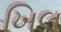
ખિલ